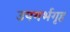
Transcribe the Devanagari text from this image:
उपगर्भगृह